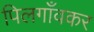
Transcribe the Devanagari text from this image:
पिलगाँवकर